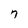
Character: 7